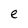
Character: e